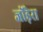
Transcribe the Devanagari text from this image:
जोंड़ेरा